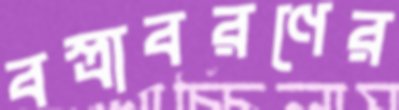
বস্ত্রাবরণের